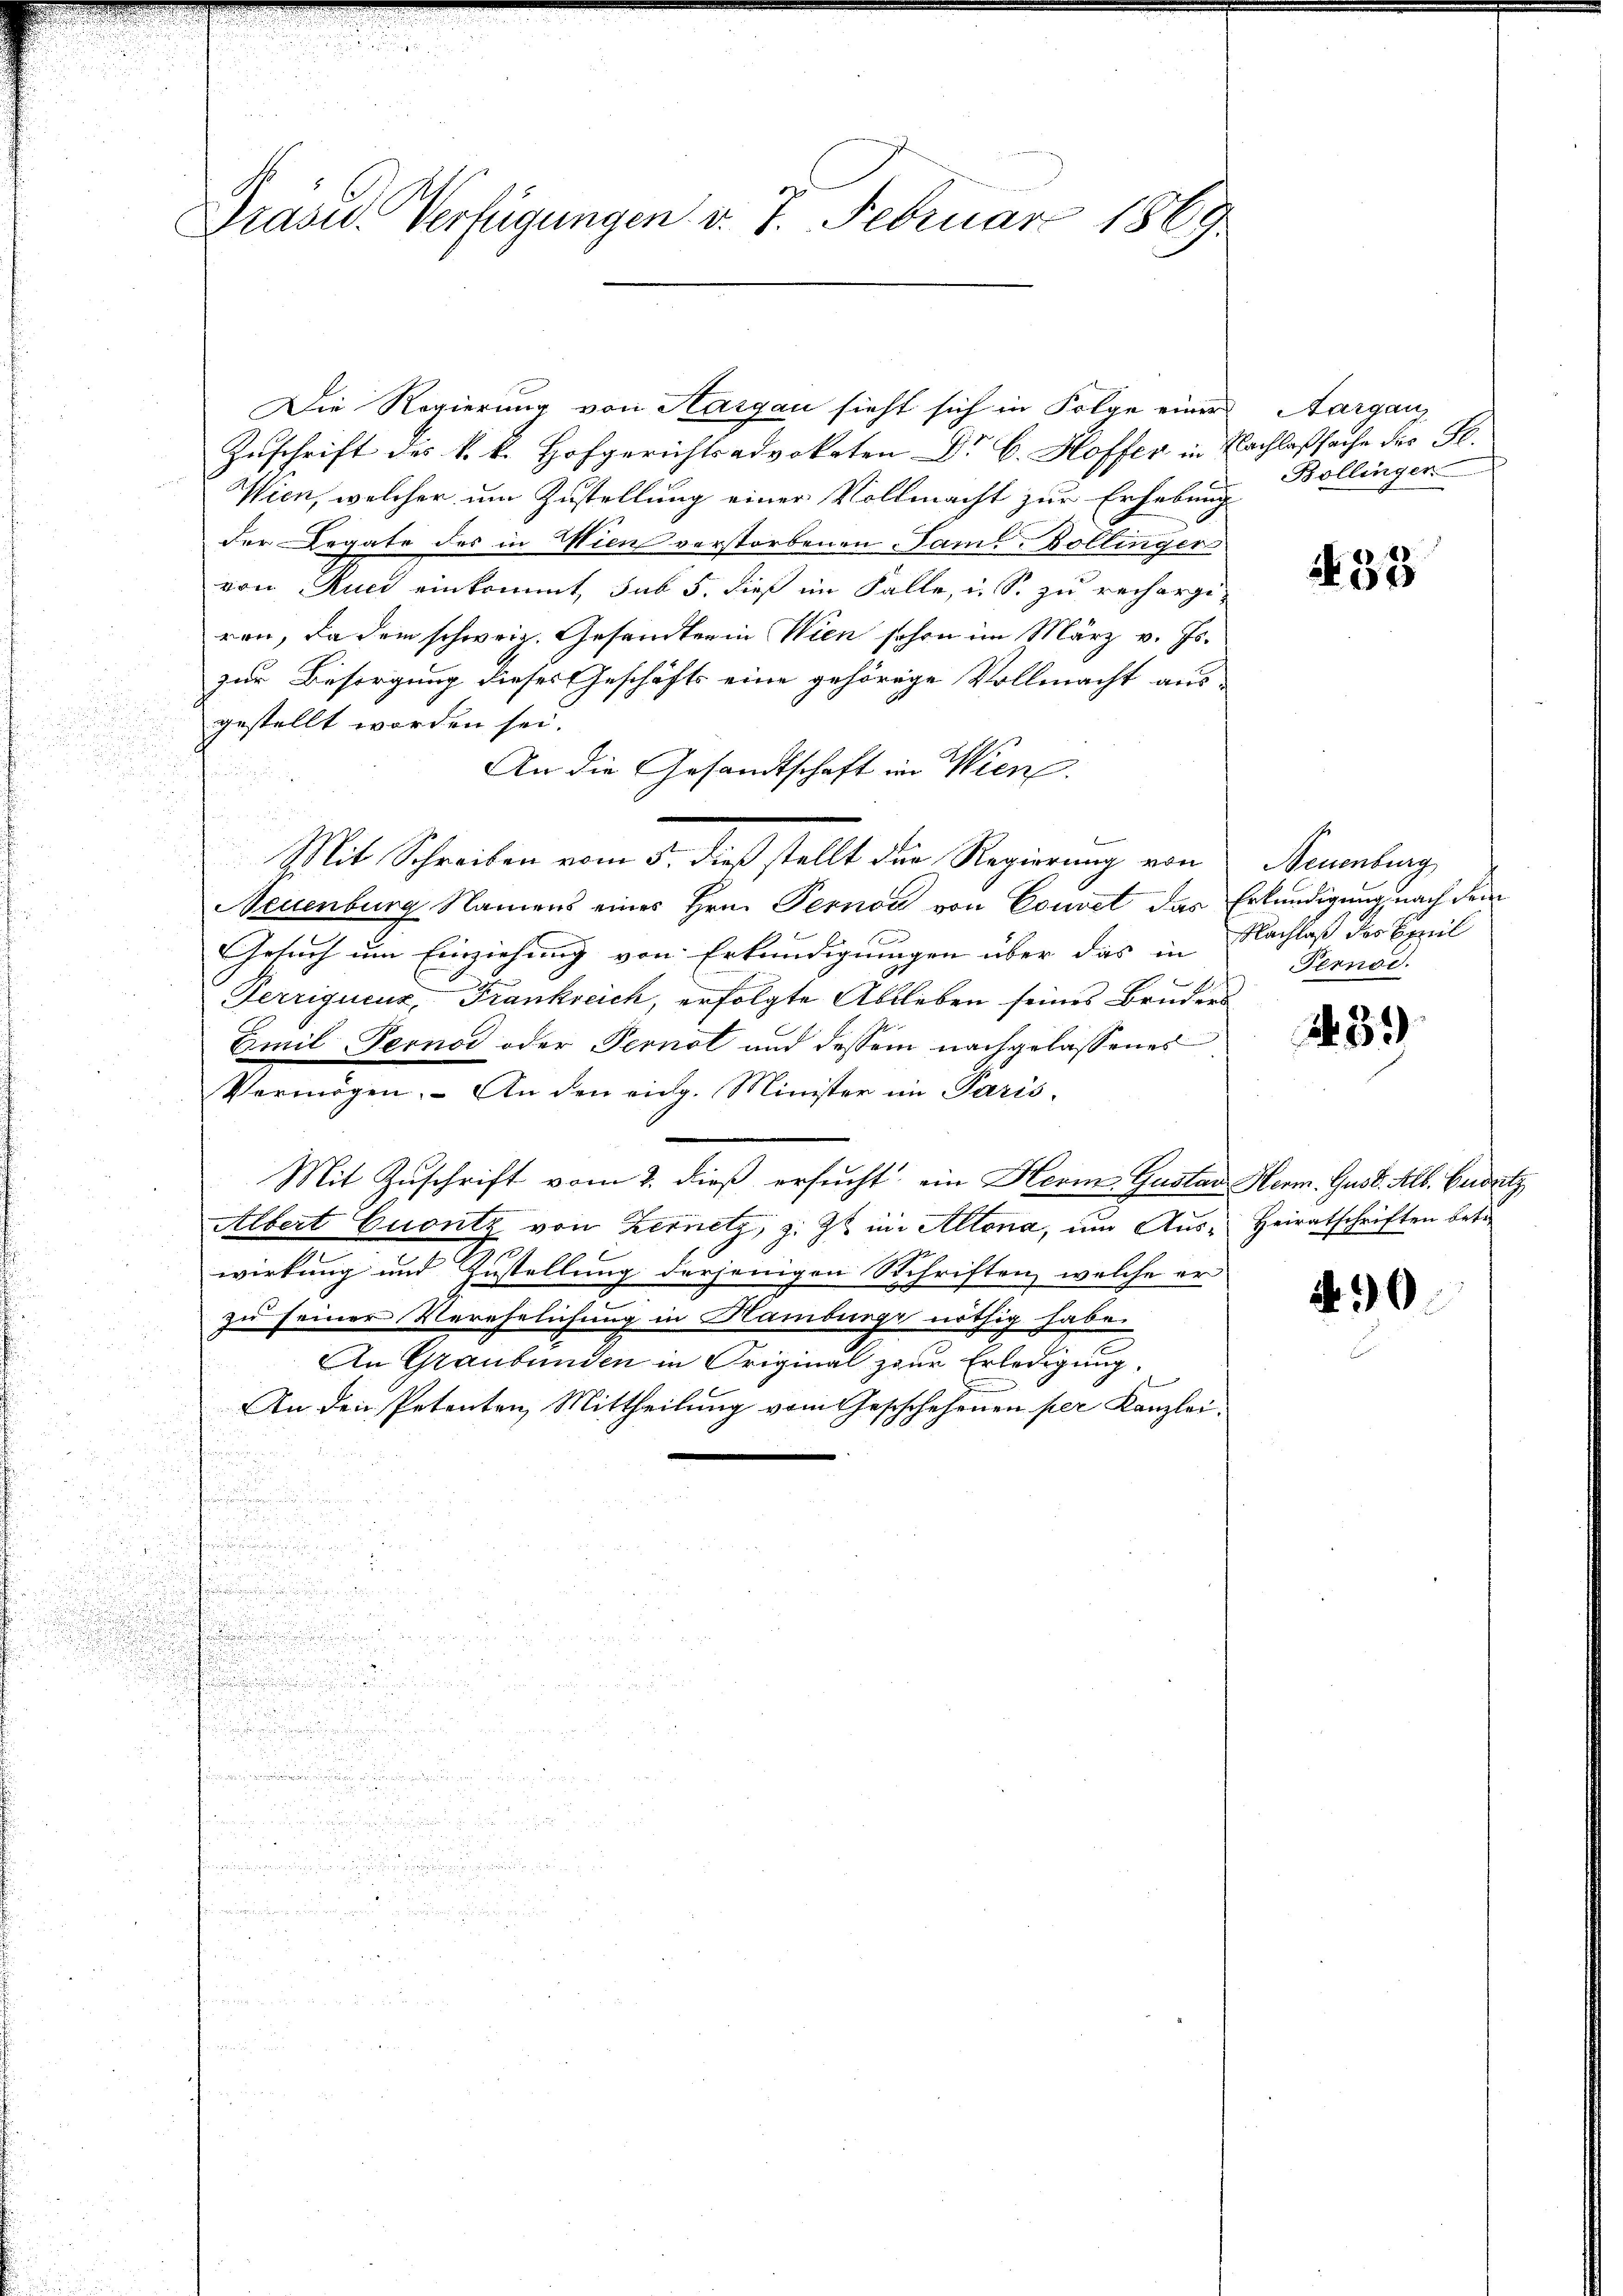
Präses Verfügungen v. 7. Februar 1869

Zuschrift des k. k. Hofgerichtsadvokaten Dr. C. Hoffer in Nachlaßsache des H.
Wien, welcher um Zustellung einer Vollmacht zur Erhebung
der Legate des in Wien verstorbenen Sam. Bollinger
von Ruch einkommt, sub 5. dieß im Falle, u. S. zu rechergiren, da dem schweiz. Gesandten in Wien schon im März v. Js.
zur Besorgung dieses Geschäfts eine gehörige Vollmacht aus-
gestellt worden sei.
An die Gesandtschaft in Wiene.
Neuenburg Namens eines Hrn. Pernoc von Couvet das Erkundigung nach dem
Gesuch um Einziehung von Erkundigungen über das in
Terriquenz, Frankreich, erfolgte Ableben seines Bruders
Emil Fernod oder Pernal und dessen nachgelassenes
Vermögen. An den eidg. Minister im Paris-
Mit Zuschrift vom 2. dieß ersucht ein Herm. Gustav Herm. Gust. Alb. Endtz
Albert Cuontz von Fernetz, z. Zt. im Allona, um Aus- Heiratschriften beti
wirkung und Zustellung derjenigen Schriften, welche er
zu seiner Verehelichung in Hamburge nöthig habe.
An Graubünden in Original zur Erledigung,
An den Petenten Mittheilung vom Geschchehenen per Kanzlei-
s

u
.

a
u
.

ci
.
.

3

.
d

Die Regierung von Hargau sieht sich in Folge einer

Mit Schreiben vom 5. dieß stellt die Regierung von Sammlung

Aargau
Bollingen

33

Nachlaß des Emil
Pernod.

239)

490.